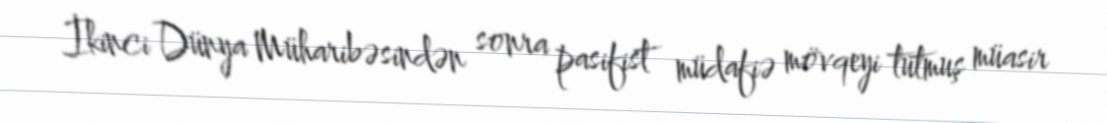
İkinci Dünya Müharibəsindən sonra pasifist müdafiə mövqeyi tutmuş müasir